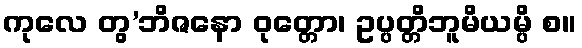
ကုလေ တွ’ဘိဇနော ဝုတ္တော၊ ဥပ္ပတ္တိဘူမိယမ္ပိ စ။